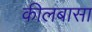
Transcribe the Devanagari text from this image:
कीलबासा